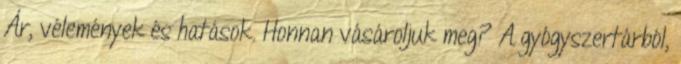
Ár, vélemények és hatások. Honnan vásároljuk meg? A gyógyszertárból,